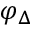
\varphi _ { \Delta }